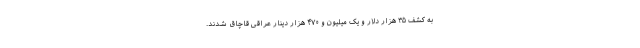
به کشف ۳۵ هزار دلار و یک میلیون و ۴۷۰ هزار دینار عراقی قاچاق شدند.